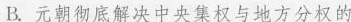
B. 元朝彻底解决中央集权与地方分权的